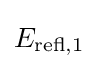
E_{\rm {refl,1}}